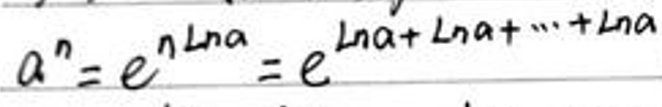
$a^{n}=e^{n\ln a}=e^{\ln a+\ln a+\cdots+\ln a}$